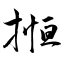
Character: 搄